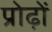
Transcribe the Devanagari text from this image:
प्रोढ़ों